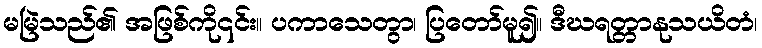
မမြဲသည်၏ အဖြစ်ကို၎င်း။ ပကာသေတွာ၊ ပြတော်မူ၍။ ဒီဃရတ္တာနုသယိတံ၊